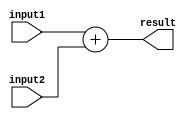
module FixedPointAdder (
  input [N-1:0] input1, // N-bit input 1
  input [N-1:0] input2, // N-bit input 2
  output [N-1:0] result // N-bit output result
);

  parameter N = 8; // Number of bits for fixed-point numbers
  parameter M = 4; // Number of fractional bits

  reg [2*N-1:0] temp_result; // Temporary result with extended width

  always @(*) begin
    temp_result = $signed({input1[N-1], input1}) + $signed({input2[N-1], input2}); // Perform signed addition
    result = temp_result[N-1:0]; // Extract final result
  end

endmodule